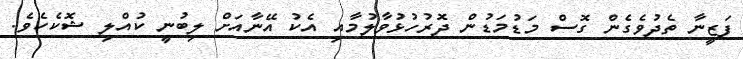
ފަޒީނާ ތެދުވެގެން ގޮސް މަޑުމަޑުން ދޮރުހުޅުވާލުމާއި އެކު އޭނާއަށް ލިބުނީ ކުއްލި ޝޮކެކެވެ.